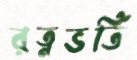
রত্নভর্তি